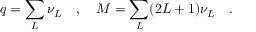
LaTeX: q = \sum _ { L } \nu _ { L } \quad , \quad M = \sum _ { L } ( 2 L + 1 ) \nu _ { L } \quad .